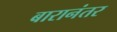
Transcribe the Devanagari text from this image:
बारानंतर